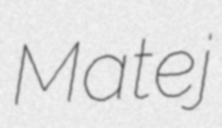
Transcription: Matej